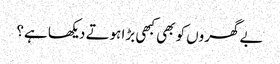
بے گھروں کو بھی کبھی بڑا ہوتے دیکھا ہے؟